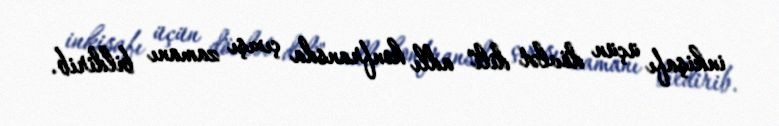
inkişafı üçün dövlət dili" adlı konfransda çıxışı zamanı bildirib.